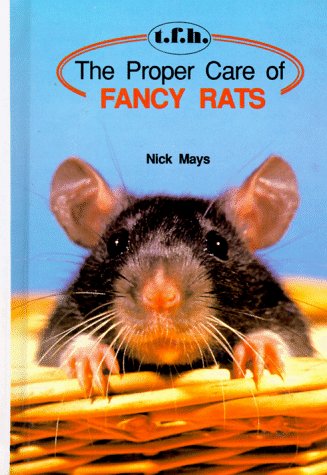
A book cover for The Proper Care of Fancy Rats; Nick Mays; Crafts, Hobbies & Home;